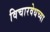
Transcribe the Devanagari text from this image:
विचारवेधच्या